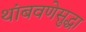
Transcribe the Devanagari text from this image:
थांबवणेसुद्धा